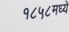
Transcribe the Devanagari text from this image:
१८५८मध्ये